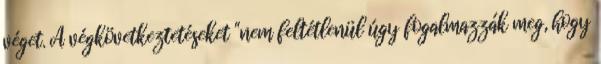
véget. A végkövetkeztetéseket "nem feltétlenül úgy fogalmazzák meg, hogy